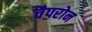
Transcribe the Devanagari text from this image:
चैपरोन